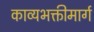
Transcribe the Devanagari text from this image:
काव्यभक्तीमार्ग